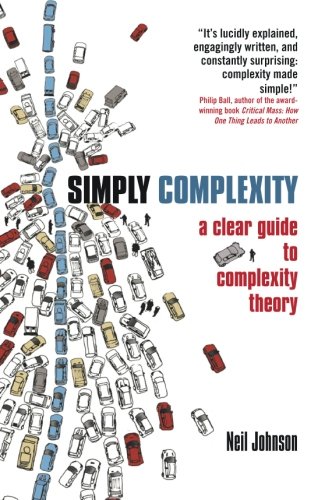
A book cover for Simply Complexity: A Clear Guide to Complexity Theory; Neil Johnson; Science & Math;